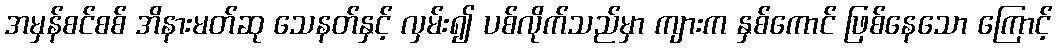
အမှန်စင်စစ် အိနားမတ်ဆု သေနတ်နှင့် လှမ်း၍ ပစ်လိုက်သည်မှာ ကျားက နှစ်ကောင် ဖြစ်နေသော ကြောင့်